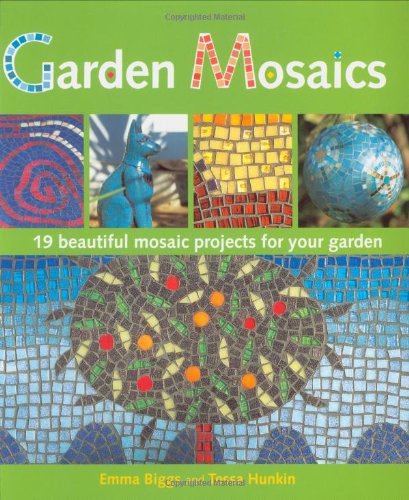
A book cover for Garden Mosaics: 19 Beautiful Mosaic Projects For Your Garden; Emma Biggs; Crafts, Hobbies & Home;